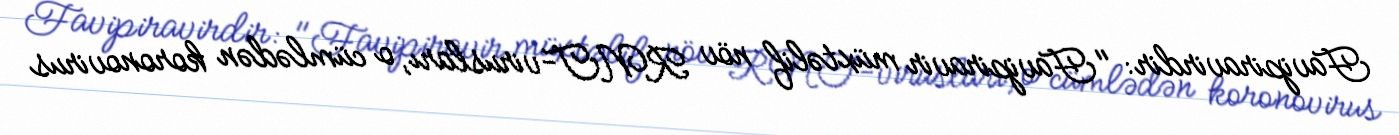
Favipiravirdir: "Favipiravir müxtəlif növ RNT-virusları, o cümlədən koronovirus